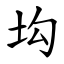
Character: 㘬